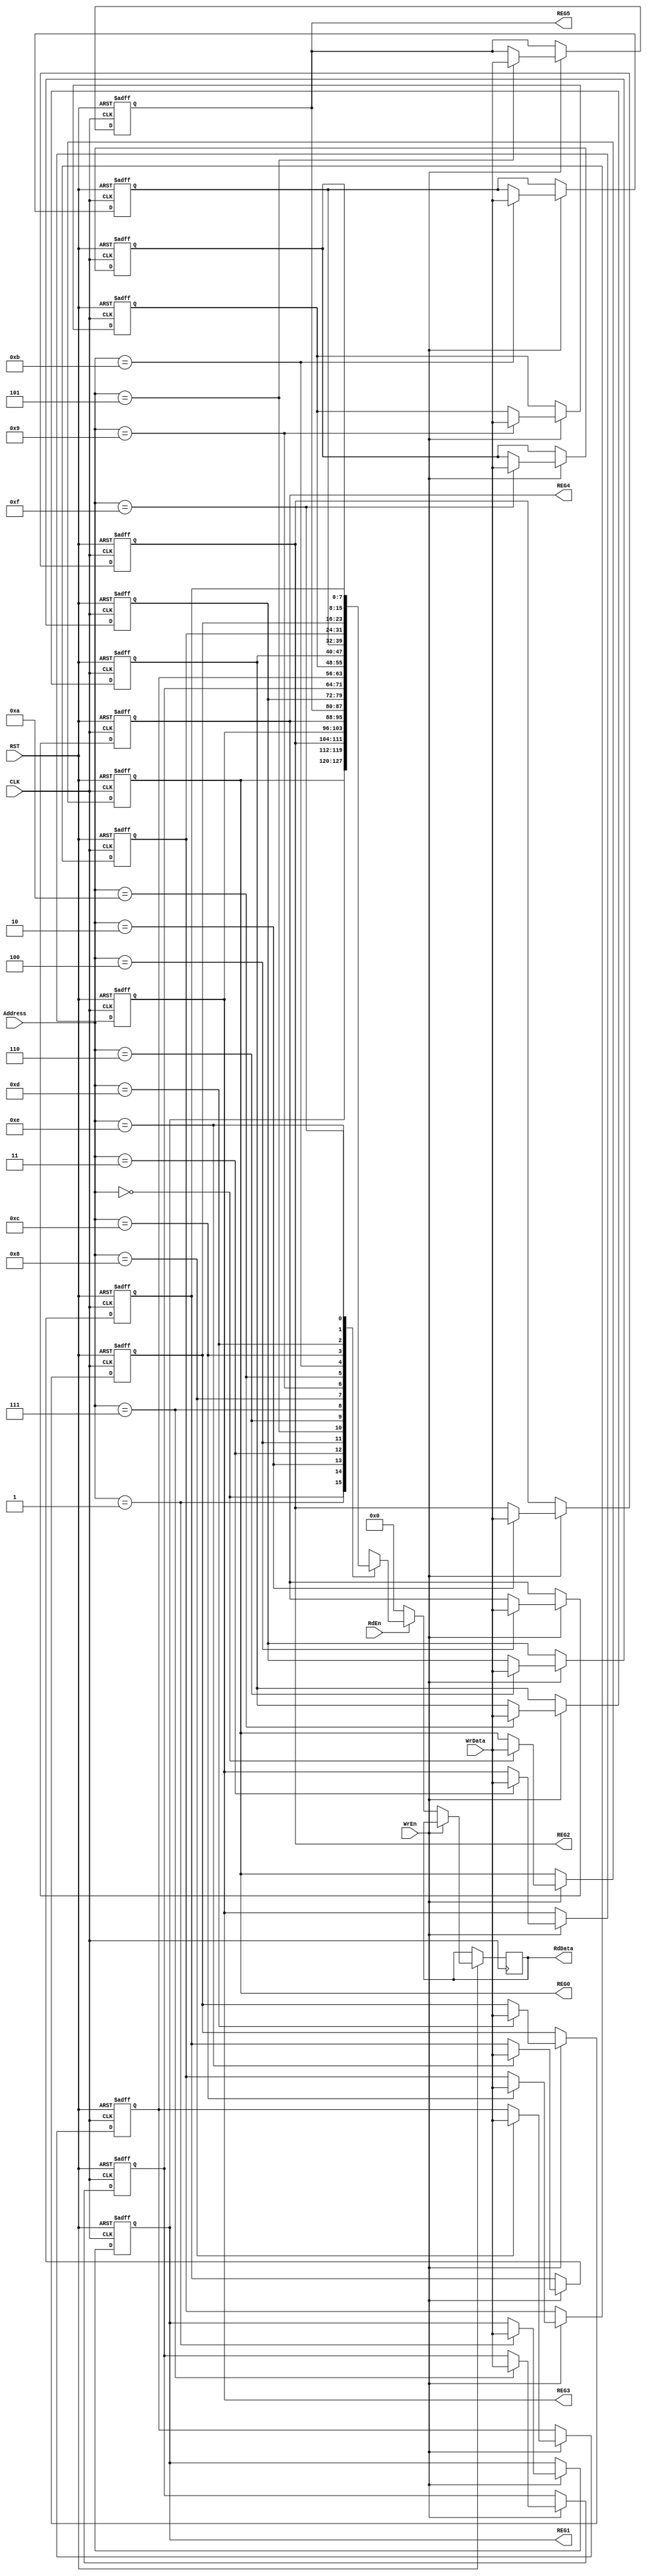
`timescale 1ns / 1ps
//////////////////////////////////////////////////////////////////////////////////
// Company: 
// Engineer: 
// 
// Design Name: 
// Module Name: reg_file
// Project Name: 
// Target Devices: 
// Tool Versions: 
// Description: 
// 
// Dependencies: 
// 
// Revision:
// Revision 0.01 - File Created
// Additional Comments:
// 
//////////////////////////////////////////////////////////////////////////////////


module RegFile #(parameter regno=16,data_width=8,address_bits=4)(
input [data_width-1:0] WrData,
input [address_bits-1:0] Address,
input WrEn,
input RdEn,
input CLK,
input RST,
output reg [data_width-1:0] RdData,
output  [data_width-1:0] REG0,
output  [data_width-1:0] REG1,
output  [data_width-1:0] REG2,
output  [data_width-1:0] REG3,
output  [data_width-1:0] REG4,
output  [data_width-1:0] REG5
    );
    
reg [data_width-1:0] Reg_file [regno-1:0];

always@(posedge CLK or negedge RST)
begin
    if(!RST)
    begin
    Reg_file[0]<={data_width-1{1'b0}};
    Reg_file[1]<={data_width-1{1'b0}};
    Reg_file[2]<={data_width-1{1'b0}};
    Reg_file[3]<={data_width-1{1'b0}};
    Reg_file[4]<={data_width-1{1'b0}};
    Reg_file[5]<={data_width-1{1'b0}};
    Reg_file[6]<={data_width-1{1'b0}};
    Reg_file[7]<={data_width-1{1'b0}};
    Reg_file[8]<={data_width-1{1'b0}};
    Reg_file[9]<={data_width-1{1'b0}};
    Reg_file[10]<={data_width-1{1'b0}};
    Reg_file[11]<={data_width-1{1'b0}};
    Reg_file[12]<={data_width-1{1'b0}};
    Reg_file[13]<={data_width-1{1'b0}};
    Reg_file[14]<={data_width-1{1'b0}};
    Reg_file[15]<={data_width-1{1'b0}};
    end
    else
    begin
            if(WrEn)
            begin
            Reg_file[Address]<=WrData;
            end
            else if (RdEn)
            begin
            RdData <= Reg_file[Address];
            end
            else
            begin
            RdData<={data_width-1{1'b0}};
            end 
    
    end
    


end 
assign REG0 =Reg_file[0];
assign REG1 =Reg_file[1];
assign REG2 =Reg_file[2];
assign REG3 =Reg_file[3];
assign REG4 =Reg_file[4];
assign REG5 =Reg_file[5];

   
endmodule